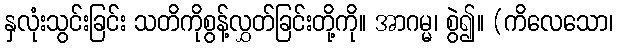
နှလုံးသွင်းခြင်း သတိကိုစွန့်လွှတ်ခြင်းတို့ကို။ အာဂမ္မ၊ စွဲ၍။ (ကိလေသော၊